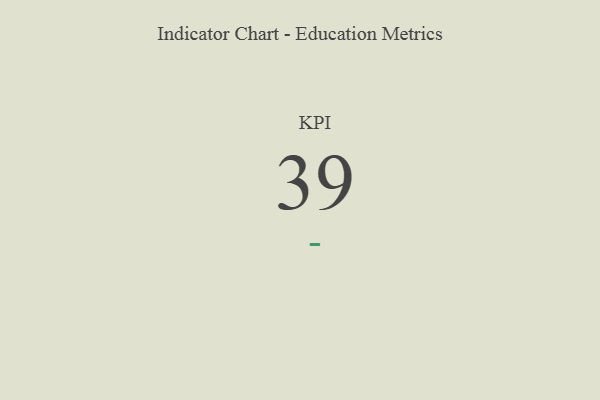
{"axis": {"x": "KPI", "y": "Value"}, "legend": [""], "data": [{"x": "KPI", "y": 39, "type": ""}]}